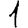
Digit: 1